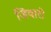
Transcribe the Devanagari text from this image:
जिवारो